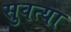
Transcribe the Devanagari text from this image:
सुवत्या